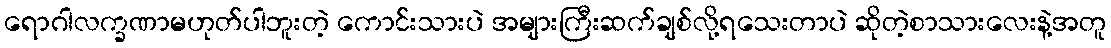
ရောဂါလက္ခဏာမဟုတ်ပါဘူးတဲ့ ကောင်းသားပဲ အများကြီးဆက်ချစ်လို့ရသေးတာပဲ ဆိုတဲ့စာသားလေးနဲ့အတူ